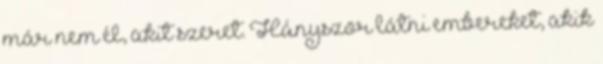
már nem él, akit szeret. Hányszor látni embereket, akik